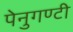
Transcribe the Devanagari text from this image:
पेनुगण्टी